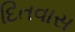
દિતવાસ